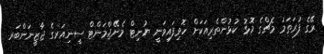
ރޭގެ ފުރަތަމަ މެޗްގެ މޮޅު ކުޅުންތެރިއަކަށް ހޮވިފައިވަނީ ޔުނިޓް މެނޭޖްމަންޓް ސީނިއަރގެ ޖާޒީނަންބަރ